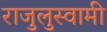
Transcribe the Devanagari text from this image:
राजुलुस्वामी